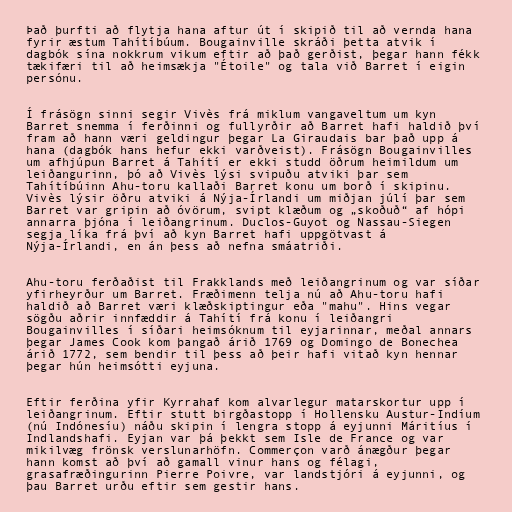
Það þurfti að flytja hana aftur út í skipið til að vernda hana
fyrir æstum Tahítíbúum. Bougainville skráði þetta atvik í
dagbók sína nokkrum vikum eftir að það gerðist, þegar hann fékk
tækifæri til að heimsækja "Étoile" og tala við Barret í eigin
persónu.

Í frásögn sinni segir Vivès frá miklum vangaveltum um kyn
Barret snemma í ferðinni og fullyrðir að Barret hafi haldið því
fram að hann væri geldingur þegar La Giraudais bar það upp á
hana (dagbók hans hefur ekki varðveist). Frásögn Bougainvilles
um afhjúpun Barret á Tahítí er ekki studd öðrum heimildum um
leiðangurinn, þó að Vivès lýsi svipuðu atviki þar sem
Tahítíbúinn Ahu-toru kallaði Barret konu um borð í skipinu.
Vivès lýsir öðru atviki á Nýja-Írlandi um miðjan júlí þar sem
Barret var gripin að óvörum, svipt klæðum og „skoðuð“ af hópi
annarra þjóna í leiðangrinum. Duclos-Guyot og Nassau-Siegen
segja líka frá því að kyn Barret hafi uppgötvast á
Nýja-Írlandi, en án þess að nefna smáatriði.

Ahu-toru ferðaðist til Frakklands með leiðangrinum og var síðar
yfirheyrður um Barret. Fræðimenn telja nú að Ahu-toru hafi
haldið að Barret væri klæðskiptingur eða "mahu". Hins vegar
sögðu aðrir innfæddir á Tahítí frá konu í leiðangri
Bougainvilles í síðari heimsóknum til eyjarinnar, meðal annars
þegar James Cook kom þangað árið 1769 og Domingo de Bonechea
árið 1772, sem bendir til þess að þeir hafi vitað kyn hennar
þegar hún heimsótti eyjuna.

Eftir ferðina yfir Kyrrahaf kom alvarlegur matarskortur upp í
leiðangrinum. Eftir stutt birgðastopp í Hollensku Austur-Indíum
(nú Indónesíu) náðu skipin í lengra stopp á eyjunni Máritíus í
Indlandshafi. Eyjan var þá þekkt sem Isle de France og var
mikilvæg frönsk verslunarhöfn. Commerçon varð ánægður þegar
hann komst að því að gamall vinur hans og félagi,
grasafræðingurinn Pierre Poivre, var landstjóri á eyjunni, og
þau Barret urðu eftir sem gestir hans.